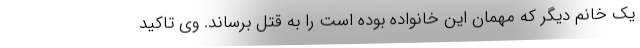
یک خانم دیگر که مهمان این خانواده بوده است را به قتل برساند. وی تاکید